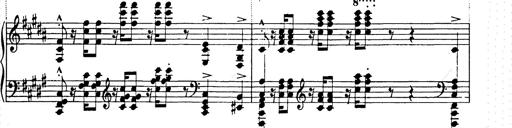
Title: Ballade No.2
Composer: Jan Skrzydlewski
Key: B minor